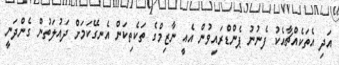
އަދި އެތަކެއްޗާއެކު ފެނުނު ޕެންޑްރައިވުން އެއީ ނާޒިމްގެ ތަކެތިކަން އެނގޭކަމަށް ދައުލަތުން ގެންދަނީ